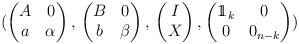
LaTeX: \begin{align*}(\begin{pmatrix}A & 0\\a & \alpha\end{pmatrix},\,\begin{pmatrix}B & 0\\b & \beta\end{pmatrix},\,\begin{pmatrix}I\\X\end{pmatrix},\begin{pmatrix}1\!\!1_{k} & 0\\0 & 0_{n-k}\end{pmatrix})\end{align*}